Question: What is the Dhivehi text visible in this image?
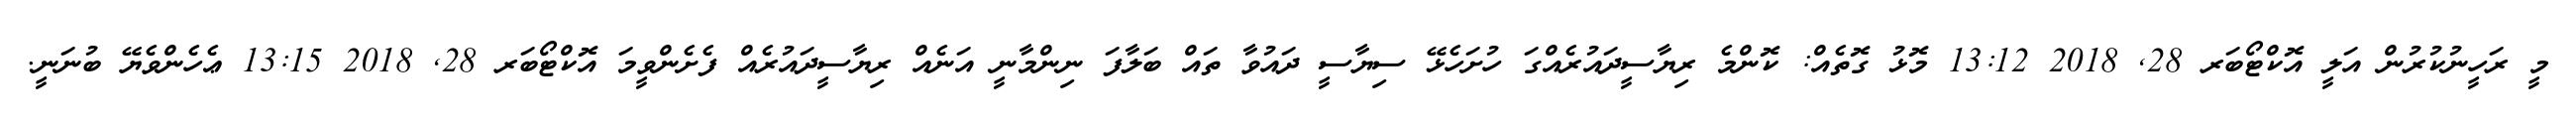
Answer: މީ ރަހީނުކުރުން އަލީ އޮކްޓޯބަރ 28, 2018 13:12 މޮޅު ގޮތެއް: ކޮންމެ ރިޔާސީދައުރެއްގަ ހުށަހެޅޭ ސިޔާސީ ދައުވާ ތައް ބަލާފަ ނިންމާނީ އަނެއް ރިޔާސީދައުރެއް ފެށެންވީމަ އޮކްޓޯބަރ 28, 2018 13:15 ޢެހެންވެޔޭ ބުނަނީ.